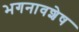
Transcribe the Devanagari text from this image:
भगनावशेष